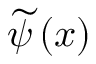
\widetilde { \psi } \left( \boldsymbol { x } \right)